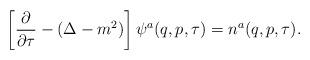
LaTeX: \begin{align*}\left[\frac{\partial }{\partial \tau}-(\Delta-m^2) \right]\psi^a(q,p,\tau)=n^a(q,p,\tau).\end{align*}